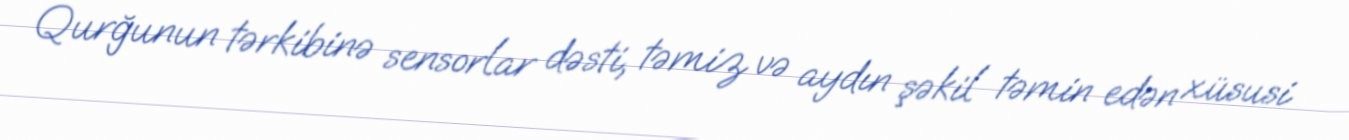
Qurğunun tərkibinə sensorlar dəsti, təmiz və aydın şəkil təmin edən xüsusi